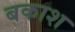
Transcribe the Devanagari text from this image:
बकाश